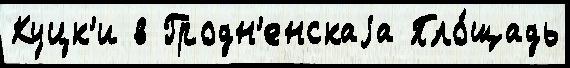
Куцк'и в Гродн'енскаjа Пло́щадь